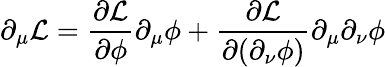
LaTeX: \partial_{\mu}{\mathcal{L}}={\frac{\partial{\mathcal{L}}}{\partial\phi}}\partial_{\mu}\phi+{\frac{\partial{\mathcal{L}}}{\partial(\partial_{\nu}\phi)}}\partial_{\mu}\partial_{\nu}\phi